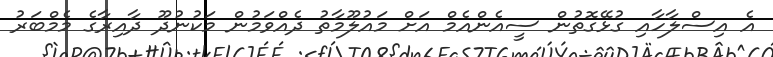
އެ އިސްލާހާއި ގުޅޭގޮތުން ސީއެންއެމް އަށް މައުލޫމާތު ދެއްވަމުން މަކުނުދޫ ދާއިރާގެ މެމްބަރު